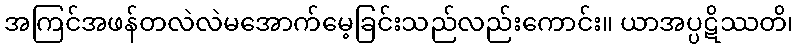
အကြင်အဖန်တလဲလဲမအောက်မေ့ခြင်းသည်လည်းကောင်း။ ယာအပ္ပဋိဿတိ၊